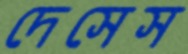
দেসেস